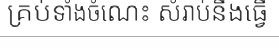
គ្រប់ទាំងចំណេះ សំរាប់នឹងធ្វើ